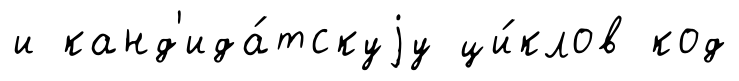
и канд'ида́тскуjу ци́клов код